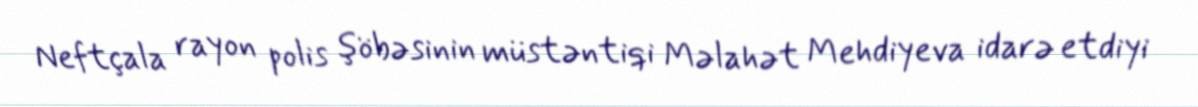
Neftçala rayon polis şöbəsinin müstəntiqi Məlahət Mehdiyeva idarə etdiyi